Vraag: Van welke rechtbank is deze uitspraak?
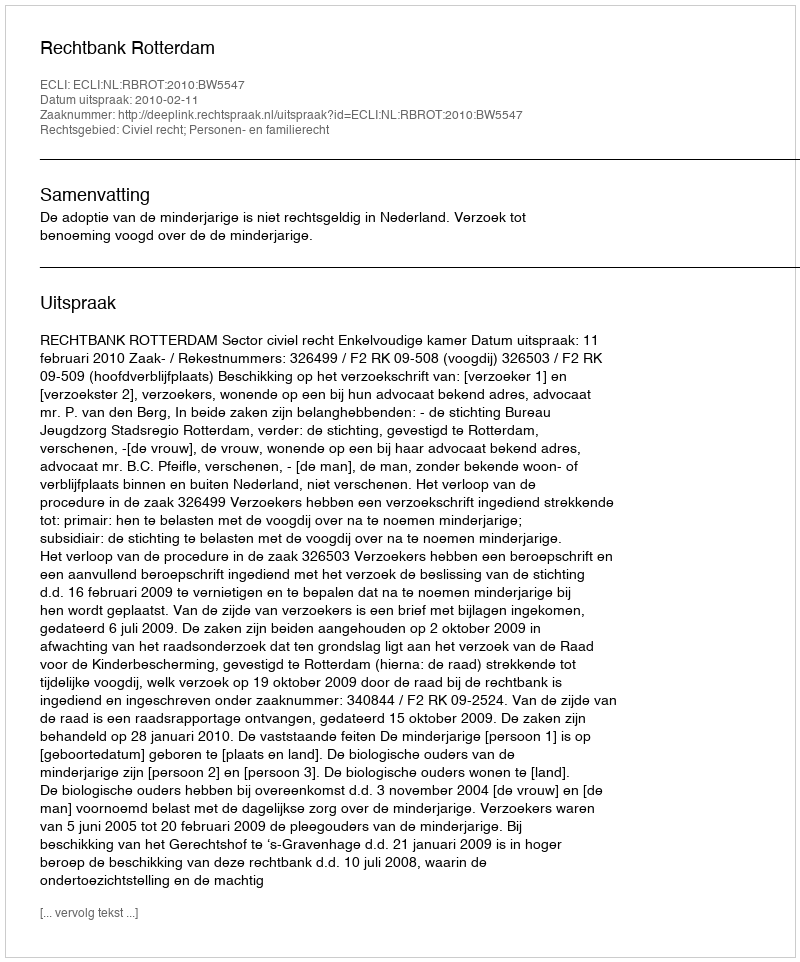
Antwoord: Rechtbank Rotterdam